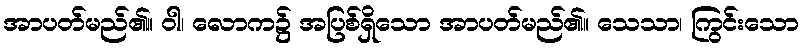
အာပတ်မည်၏။ ဝါ၊ လောက၌ အပြစ်ရှိသော အာပတ်မည်၏။ သေသာ၊ ကြွင်းသော